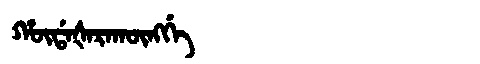
Manchu: ᡥᡡᡩᠠᡧᠠᡵᠠᡴᡡᠩᡤᡝ
Romanization: HŪDAŠARAKŪNGGE